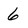
Character: 6